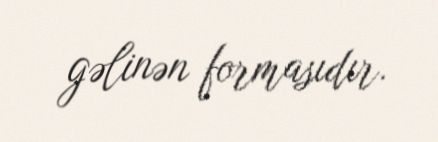
gəlinən formasıdır.